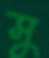
সু